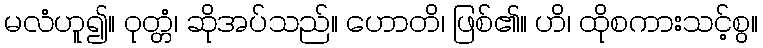
မလံဟူ၍။ ဝုတ္တံ၊ ဆိုအပ်သည်။ ဟောတိ၊ ဖြစ်၏။ ဟိ၊ ထိုစကားသင့်စွ။